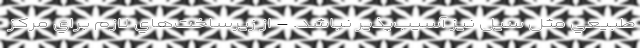
طبيعي مثل سیل نیز آسيب‌پذير نباشد. - از زيرساخت‌هاي لازم براي مركز